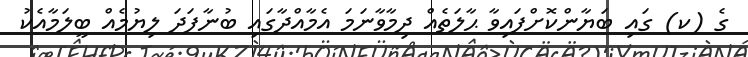
ގެ (ކ) ގައި ބަޔާންކޮށްފައިވާ ޙާލަތެއް ދިމާވާނަމަ އެމާއްދާގައި ބުނާފަދަ ލިޔުމެއް ބީލަމާއެކު